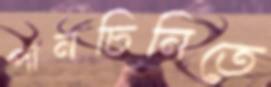
পানচিনিতে